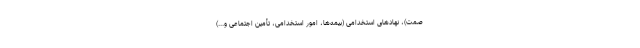
صمت)، نهادهای استخدامی (بیمه‌ها، امور استخدامی، تأمین اجتماعی و...)